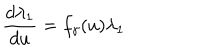
LaTeX: \frac { d \lambda _ { 1 } } { d u } = f _ { \gamma } ( u ) \lambda _ { 1 }